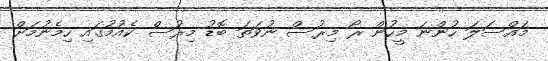
މައްސަލަ ހުންނަ މީހުން ރޯ މިރުސް ނުވަތަ ބޮޑު މިރުސް ކެއުމުގައި ހިމެނުމަށް